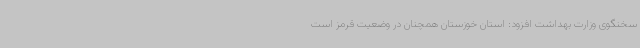
سخنگوی وزارت بهداشت افزود: استان خوزستان همچنان در وضعیت قرمز است